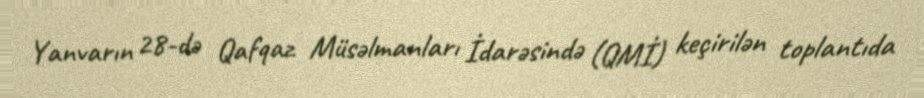
Yanvarın 28-də Qafqaz Müsəlmanları İdarəsində (QMİ) keçirilən toplantıda